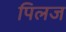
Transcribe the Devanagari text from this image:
पिलज